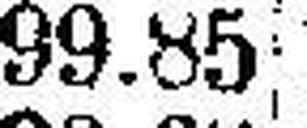
99.85